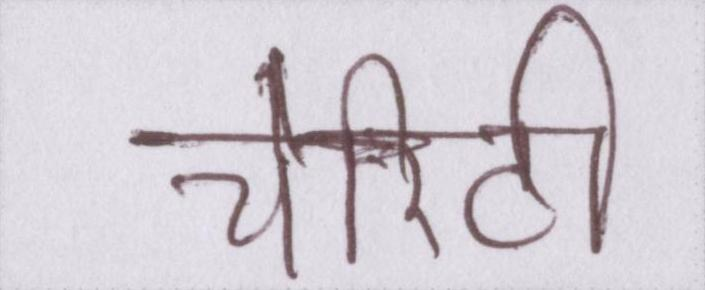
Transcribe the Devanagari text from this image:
चैरिटी